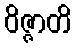
ဝိဇ္ဇာတိ